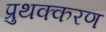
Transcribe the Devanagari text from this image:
प्रुथक्करण